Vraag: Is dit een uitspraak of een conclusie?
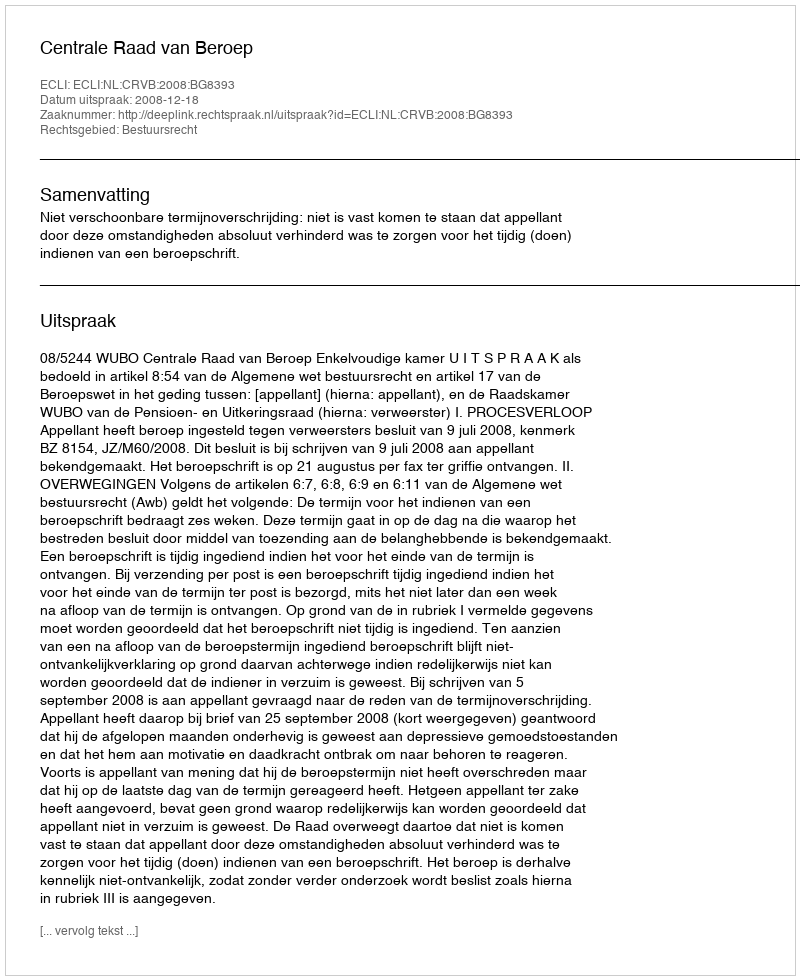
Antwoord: Uitspraak